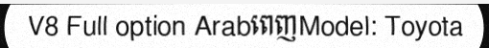
V8 Full option ArabពេញModel: Toyota